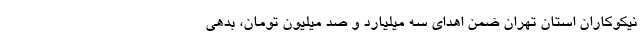
نیکوکاران استان تهران ضمن اهدای سه میلیارد و صد میلیون تومان، بدهی